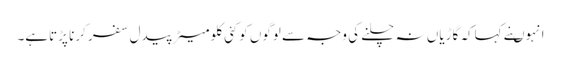
انہوںنے کہاکہ گاڑیاں نہ چلنے کی وجہ سے لوگوں کوکئی کلومیٹر پیدل سفر کرنا پڑتاہے۔